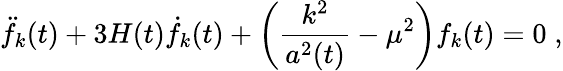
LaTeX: \ddot{f}_{k}(t)+3H(t)\dot{f}_{k}(t)+\left(\frac{k^{2}}{a^{2}(t)}-\mu^{2}\right)f_{k}(t)=0\; ,